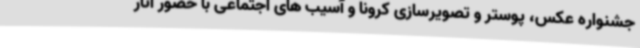
جشنواره عکس، پوستر و تصویرسازی کرونا و آسیب های اجتماعی با حضور آثار